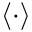
\langle \cdot \rangle